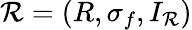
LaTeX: {\mathcal{R}}=(R,\sigma_{f},I_{\mathcal{R}})